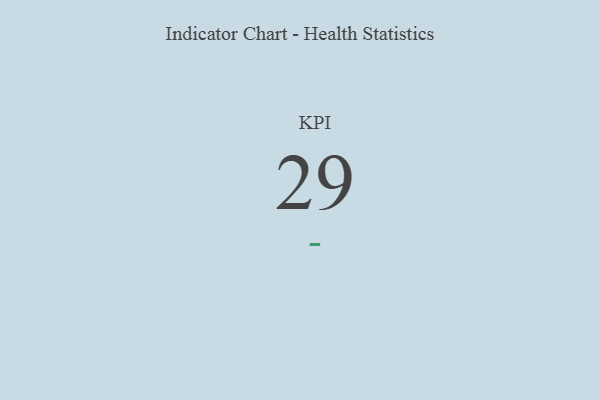
{"axis": {"x": "KPI", "y": "Value"}, "legend": [""], "data": [{"x": "KPI", "y": 29, "type": ""}]}